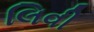
લિવી